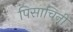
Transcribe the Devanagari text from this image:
पिसाचिनी